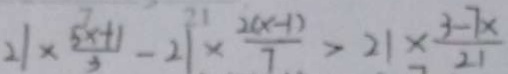
2 1 \times \frac { 5 x + 1 } { 3 } - 2 1 \times \frac { 2 ( x - 1 ) } { 7 } > 2 1 \times \frac { 3 - 7 x } { 2 1 }